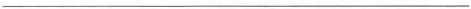
___